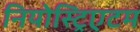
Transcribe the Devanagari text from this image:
नियोस्ट्रिएटम